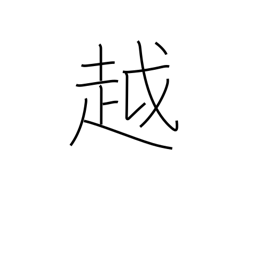
Meaning: move to